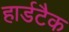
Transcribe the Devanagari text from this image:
हार्डटैक